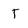
Character: t